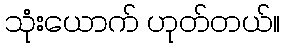
သုံးယောက် ဟုတ်တယ်။